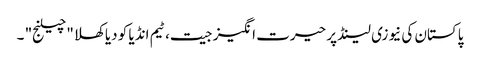
پاکستان کی نیوزی لینڈ پر حیرت انگیز جیت، ٹیم انڈیا کو دیا کھلا "چیلنج" ۔